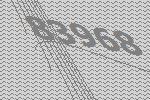
83968